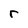
Character: r